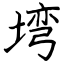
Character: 塆